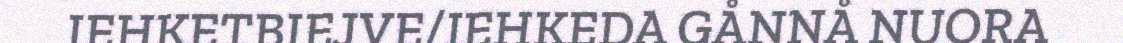
IEHKETBIEJVE/IEHKEDA GÅNNÅ NUORA